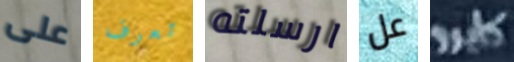
على تعرف ارسلته عل كايرو